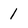
Character: 1